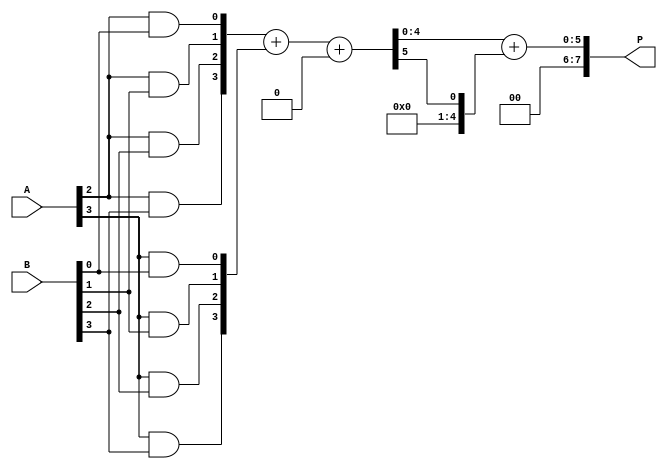
module AdaptiveWallaceTreeMultiplier #(parameter WIDTH = 4)(
    input  [WIDTH-1:0] A,
    input  [WIDTH-1:0] B,
    output reg [2*WIDTH-1:0] P
);

    // Intermediate signals
    wire [WIDTH-1:0] pp[WIDTH-1:0]; // Partial products
    wire [WIDTH:0] sum[WIDTH-1:0];  // Sums from carry-save adders
    wire [WIDTH:0] carry[WIDTH-1:0]; // Carries from carry-save adders

    // Partial Product Generation
    genvar i, j;
    generate
        for (i = 0; i < WIDTH; i = i + 1) begin : pp_gen
            for (j = 0; j < WIDTH; j = j + 1) begin : pp_inner
                assign pp[i][j] = A[i] & B[j];
            end
        end
    endgenerate

    // Wallace Tree Reduction using Carry-Save Adders
    generate
        for (i = 0; i < WIDTH-1; i = i + 1) begin : CSA
            if (i < WIDTH - 1) begin
                // First stage of reduction
                assign {carry[i], sum[i]} = pp[i] + pp[i+1] + (i < WIDTH-2 ? pp[i+2] : 0);
            end
        end
    endgenerate

    // Final Addition
    always @(*) begin
        // Initialize Product
        P = 0;

        // Add the last two rows of the Wallace tree
        P = sum[WIDTH-2] + carry[WIDTH-2];
    end

endmodule